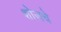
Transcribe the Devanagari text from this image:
शोजचे